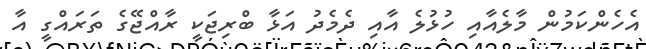
އެހެންކަމުން މާލެއާއި ހުޅުލެ އާއި ދެމެދު އަޅާ ބްރިޖަކީ ރާއްޖޭގެ ތަރައްގީ އާ